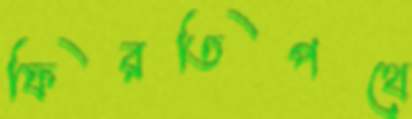
ফিরতিপথে